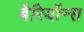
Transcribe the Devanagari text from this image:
बैरियॉन्स